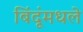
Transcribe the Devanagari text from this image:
बिंदूंमधले